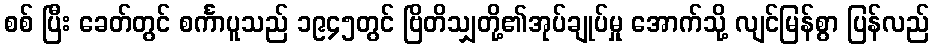
စစ် ပြီး ခေတ်တွင် စင်္ကာပူသည် ၁၉၄၅တွင် ဗြိတိသျှတို့၏အုပ်ချုပ်မှု အောက်သို့ လျင်မြန်စွာ ပြန်လည်